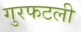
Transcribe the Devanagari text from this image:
गुरफटली